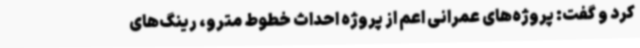
کرد و گفت: پروژه‌های عمرانی اعم از پروژه احداث خطوط مترو، رینگ‌های